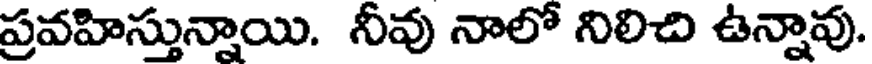
ప్రవహిస్తున్నాయి. నీవు నాలో నిలిచి ఉన్నావు.